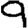
Digit: 9